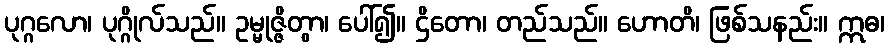
ပုဂ္ဂလော၊ ပုဂ္ဂိုလ်သည်။ ဥမ္မုဇ္ဇိတွာ၊ ပေါ်၍။ ဌိတော၊ တည်သည်။ ဟောတိ၊ ဖြစ်သနည်း။ ဣဓ၊